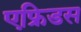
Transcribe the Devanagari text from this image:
एफ्रिडस